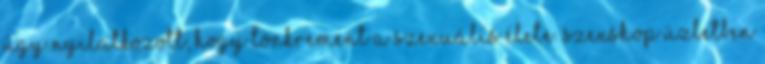
úgy nyilatkozott, hogy tönkrement a szexuális élete. Szexshop üzletben